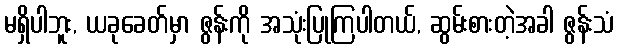
မရှိပါဘူး, ယခုခေတ်မှာ ဇွန်းကို အသုံးပြုကြပါတယ်, ဆွမ်းစားတဲ့အခါ ဇွန်းသံ